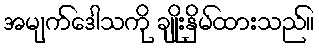
အမျက်ဒေါသကို ချိုးနှိမ်ထားသည်။